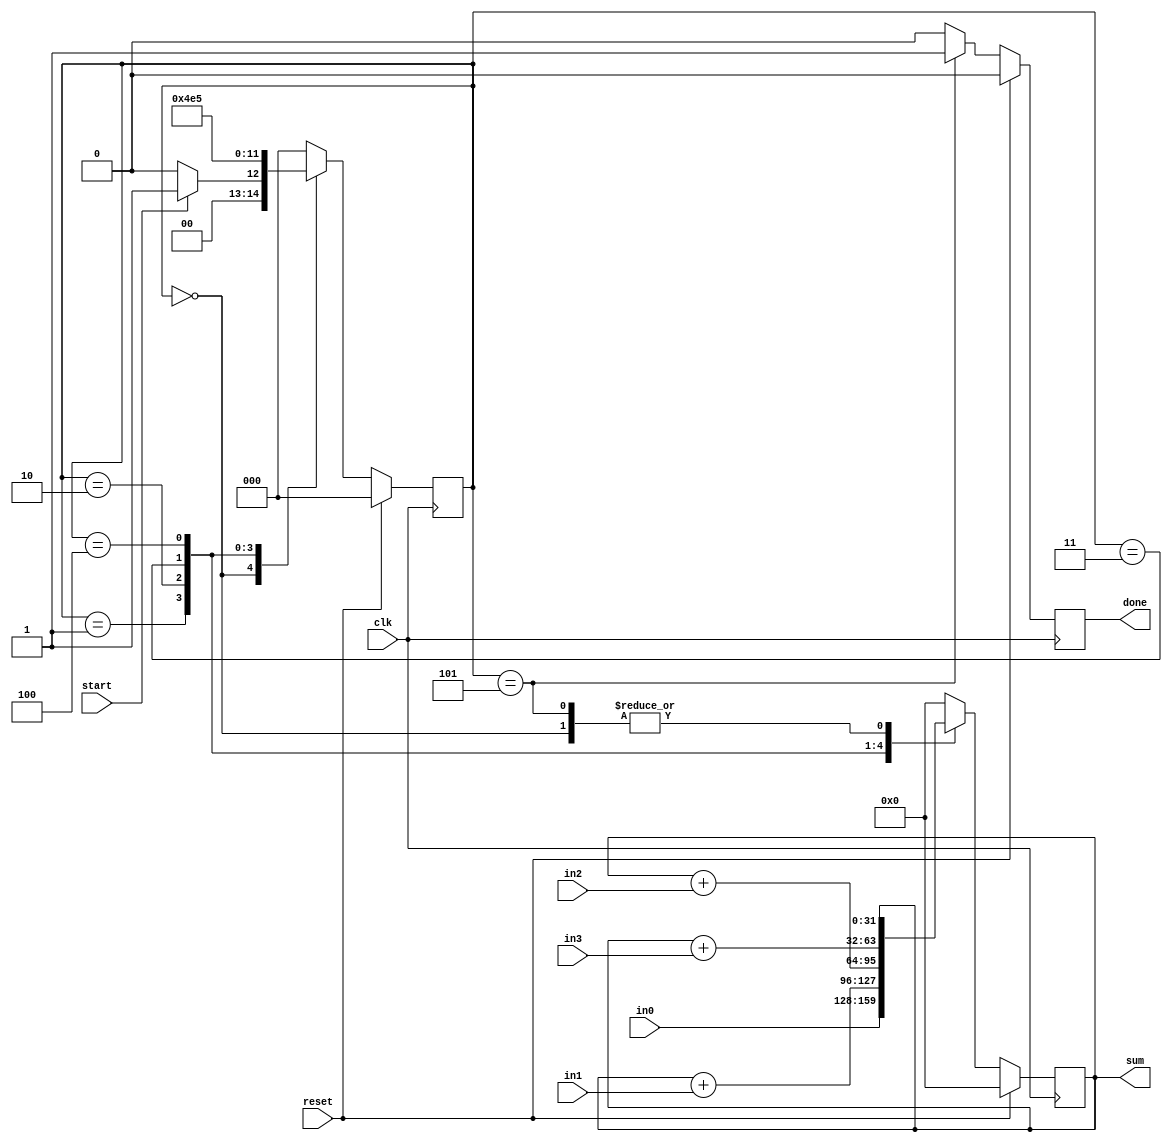
`timescale 1ns / 1ps
//////////////////////////////////////////////////////////////////////////////////
// 
// Module Name: MultiSum
// Project Name: FPGA Brain
// Description:  
// 
//////////////////////////////////////////////////////////////////////////////////

module MultiSum(in0, in1, in2, in3, start, clk, reset, sum, done);
input [31:0] in0, in1, in2, in3;
input start, clk, reset;
output reg [31:0] sum;
output reg done;

reg [2:0] state;
reg [2:0] nextstate;

always @ (posedge clk) begin
	if(reset == 1) state <= 0;
	else state <= nextstate;
end

always @ (state or start) begin
	case(state)
		0: begin
			if(start == 1) nextstate <= 1;
			else nextstate <= 0;
		end
		1: begin
			nextstate <= 2;
		end
		2: begin
			nextstate <= 3;
		end
		3: begin
			nextstate <= 4;
		end
		4: begin
			nextstate <= 5;
		end
		5: begin
			nextstate <= 0;
		end
		default: begin
			nextstate <= 0;
		end
	endcase
end

always @ (posedge clk) begin
	if(reset==1) begin
		sum <= 0;
		done <= 0;
	end
	else case(state)
		0: begin
			sum<=sum;
			done<=0;
		end
		1: begin
			sum <= in0;
			done <= 0;
		end
		2: begin
			sum <= sum + in1;
			done <= 0;
		end
		3: begin
			sum <= sum + in2;
			done <= 0;
		end
		4: begin
			sum <= sum + in3;
			done <= 0;
		end
		5: begin
			sum <= sum;
			done <= 1;
		end
		default: begin
			sum <= 0;
			done <= 0;
		end
	endcase
end
endmodule